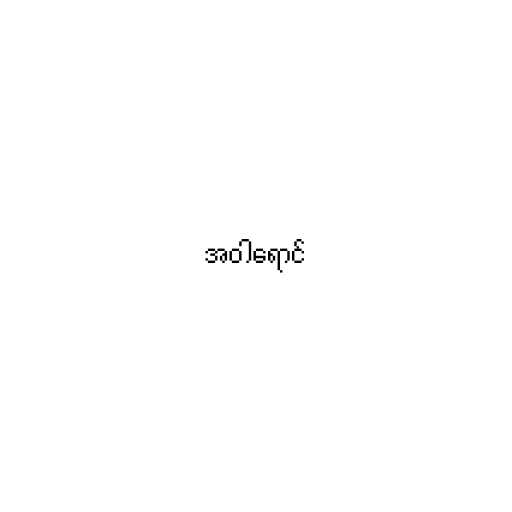
အဝါရောင်